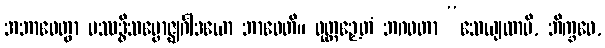
အဘာဝေတွာ ပဿဒ္ဓိသမ္ဗောဇ္ဈင်္ဂါဒယော ဘာဝေတိ။ ဝုတ္တဉှေတံ ဘဂဝတာ “သေယျထာပိ, ဘိက္ခဝေ,